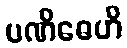
ပဏိဓေဟိ